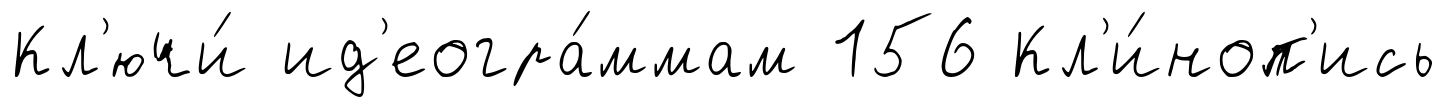
Кл'ючи́ ид'еогра́ммам 156 Кл'и́ноп'ись